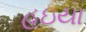
હઇયા